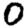
Digit: 0